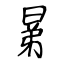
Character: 晜